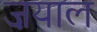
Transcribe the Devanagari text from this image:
ज़याल